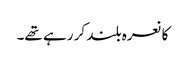
کا نعرہ بلند کر رہے تھے۔